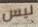
ليس